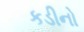
કડીનો